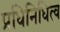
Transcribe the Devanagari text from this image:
प्रधिनिधित्व